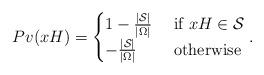
LaTeX: \begin{align*}Pv(xH)=\begin{cases}1-\frac{|\mathcal{S}|}{|\Omega|} &\mbox{ if } xH\in \mathcal{S}\\- \frac{|\mathcal{S}|}{|\Omega|} &\mbox{ otherwise}\end{cases}.\end{align*}